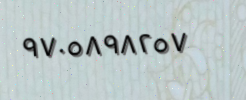
٩٧٠٥٨٩٨٢٥٧